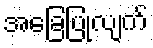
အခြေပြုလျက်